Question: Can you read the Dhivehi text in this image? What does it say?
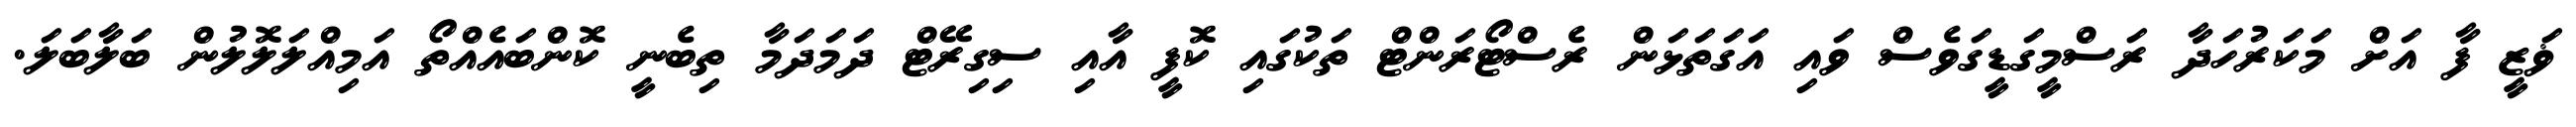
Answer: ޥަޒީ ފާ އަށް މަކަރުހަދާ ރަސްމީގަޑީގަވެސް ވައި އަގަތަޅަން ރެސްޓޯރަންޓް ތަކުގައި ކޮފީ އާއި ސިގިރޭޓް ދަމަދަމާ ތިބެނީ ކޮންބައެއްތޯ އަމިއްލަލޮލުން ބަލާބަލަ.